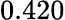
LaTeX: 0.420